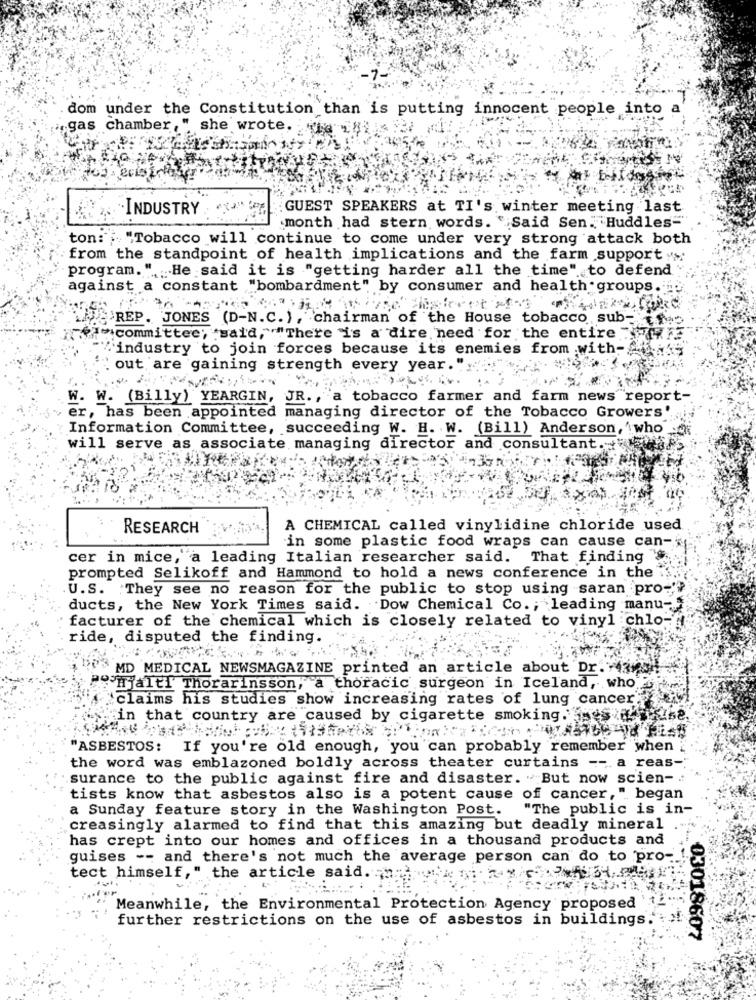
dom under the Constitution than is putting innocent people into
,gas chamber ," she wrote.
INDUSTRY
:GUEST SPEAKERS at TI's winter meeting last
month had stern words. "Said Sen. Huddles="
ton: "Tobacco will continue to come under very strong attack both
from the standpoint of health implications and the farm support ">
program. " He said it is "getting harder all the time" to defend
against a constant "bombardment" by consumer and health groups.
PREP. JONES (D-N.C. ), chairman of the House tobacco sub-
"committee; "said, "There is a dire need for the entire "
%industry to join forces because its enemies from with-
out are gaining strength every year."
W. W. (Billy) YEARGIN, JR ., a tobacco farmer and farm news"report-
er, has been appointed managing director of the Tobacco Growers',
Information Committee, succeeding W. H. W. (Bill) Anderson, ' who
will serve as associate managing director and consultant.
RESEARCH
A CHEMICAL called vinylidine chloride used
in some plastic food wraps can cause can-
cer in mice, a leading Italian researcher said. That finding
prompted Selikoff and Hammond to hold a news conference in the
U.S. They see no reason for the public to stop using saran pro-'?
ducts, the New York Times said. Dow Chemical Co .; leading manu-"
facturer of the chemical which is closely related to vinyl chlo-
ride, disputed the finding.
MD MEDICAL NEWSMAGAZINE printed an article about Dr. - 433
PS HjaltI Thorarinsson, a thoracic surgeon in Iceland, who
claims his studies show increasing rates of lung cancer.
in that country are caused by cigarette smoking .
"ASBESTOS: If you're old enough, you can probably remember when
the word was emblazoned boldly across theater curtains --. a reas-
surance to the public against fire and disaster. " But now scien- .:
tists know that asbestos also is a potent cause of cancer,". began
a Sunday feature story in the Washington Post. "The public is in-
creasingly alarmed to find that this amazing but deadly mineral
has crept into our homes and offices in a thousand products and
guises -- and there's not much the average person can do to pro-
tect himself," the article said ..
Meanwhile, the Environmental Protection Agency proposed
further restrictions on the use of asbestos in buildings."
03018607